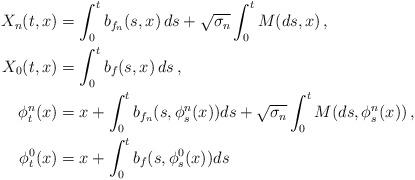
LaTeX: \begin{align*}X_{n}(t,x) & =\int_{0}^{t}b_{f_{n}}(s,x)\, ds+\sqrt{\sigma_{n}}\int_{0}^{t}M(ds,x)\,,\\X_{0}(t,x) & =\int_{0}^{t}b_{f}(s,x)\, ds\,, \\\phi_{t}^{n}(x) & =x+\int_{0}^{t}b_{f_{n}}(s,\phi_{s}^{n}(x))ds+\sqrt{\sigma_{n}}\int_{0}^{t}M(ds,\phi_{s}^{n}(x))\,,\\\phi_{t}^{0}(x) & =x+\int_{0}^{t}b_{f}(s,\phi_{s}^{0}(x))ds\, \end{align*}